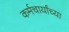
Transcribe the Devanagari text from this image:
कर्मचार्यांच्या